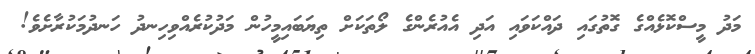
މަދު މީސްކޮޅެއްގެ ގޮތުގައި ދައްކަވައި އަދި އެއުރެންގެ ލޯތަކަށް ތިޔަބައިމީހުން މަދުކުރެއްވިހިނދު ހަނދުމަކުރާށެވެ!